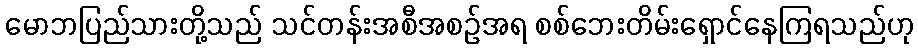
မောဘပြည်သားတို့သည် သင်တန်းအစီအစဉ်အရ စစ်ဘေးတိမ်းရှောင်နေကြရသည်ဟု